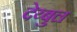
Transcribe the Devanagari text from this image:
देय्बुल